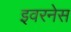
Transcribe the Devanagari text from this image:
इवरनेस